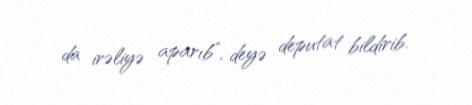
da irəliyə aparıb”, deyə deputat bildirib.